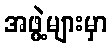
အဖွဲ့များမှာ